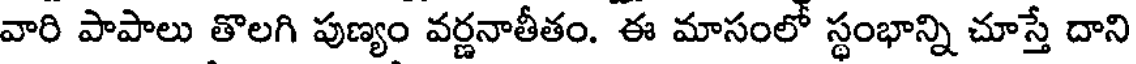
వారి పాపాలు తొలగి పుణ్యం వర్ణనాతీతం. ఈ మాసంలో స్థంభాన్ని చూస్తే దాని